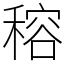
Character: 穃